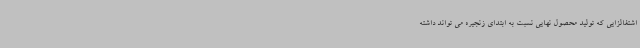
اشتغالزایی که تولید محصول نهایی نسبت به ابتدای زنجیره می تواند داشته